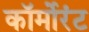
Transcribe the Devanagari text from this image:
कॉर्मोरंट